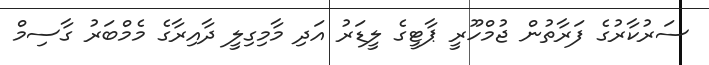
ސަރުކާރުގެ ފަރާތުން ޖުމްހޫރީ ޕާޓީގެ ލީޑަރު އަދި މާމިގިލީ ދާއިރާގެ މެމްބަރު ގާސިމް